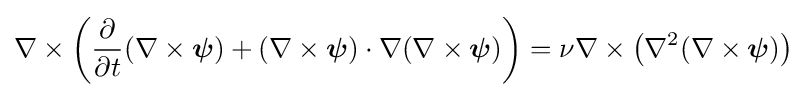
\nabla \times \left({\frac {\partial }{\partial t}}(\nabla \times {\boldsymbol {\psi }})+(\nabla \times {\boldsymbol {\psi }})\cdot \nabla (\nabla \times {\boldsymbol {\psi }})\right)=\nu \nabla \times \left(\nabla ^{2}(\nabla \times {\boldsymbol {\psi }})\right)